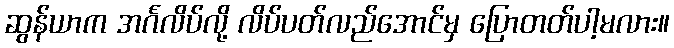
ဆွန်ယာက အင်္ဂလိပ်လို့ လိပ်ပတ်လည်အောင်မှ ပြောတတ်ပါ့မလား။